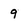
Character: 9